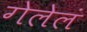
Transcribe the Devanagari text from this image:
गेलेलं